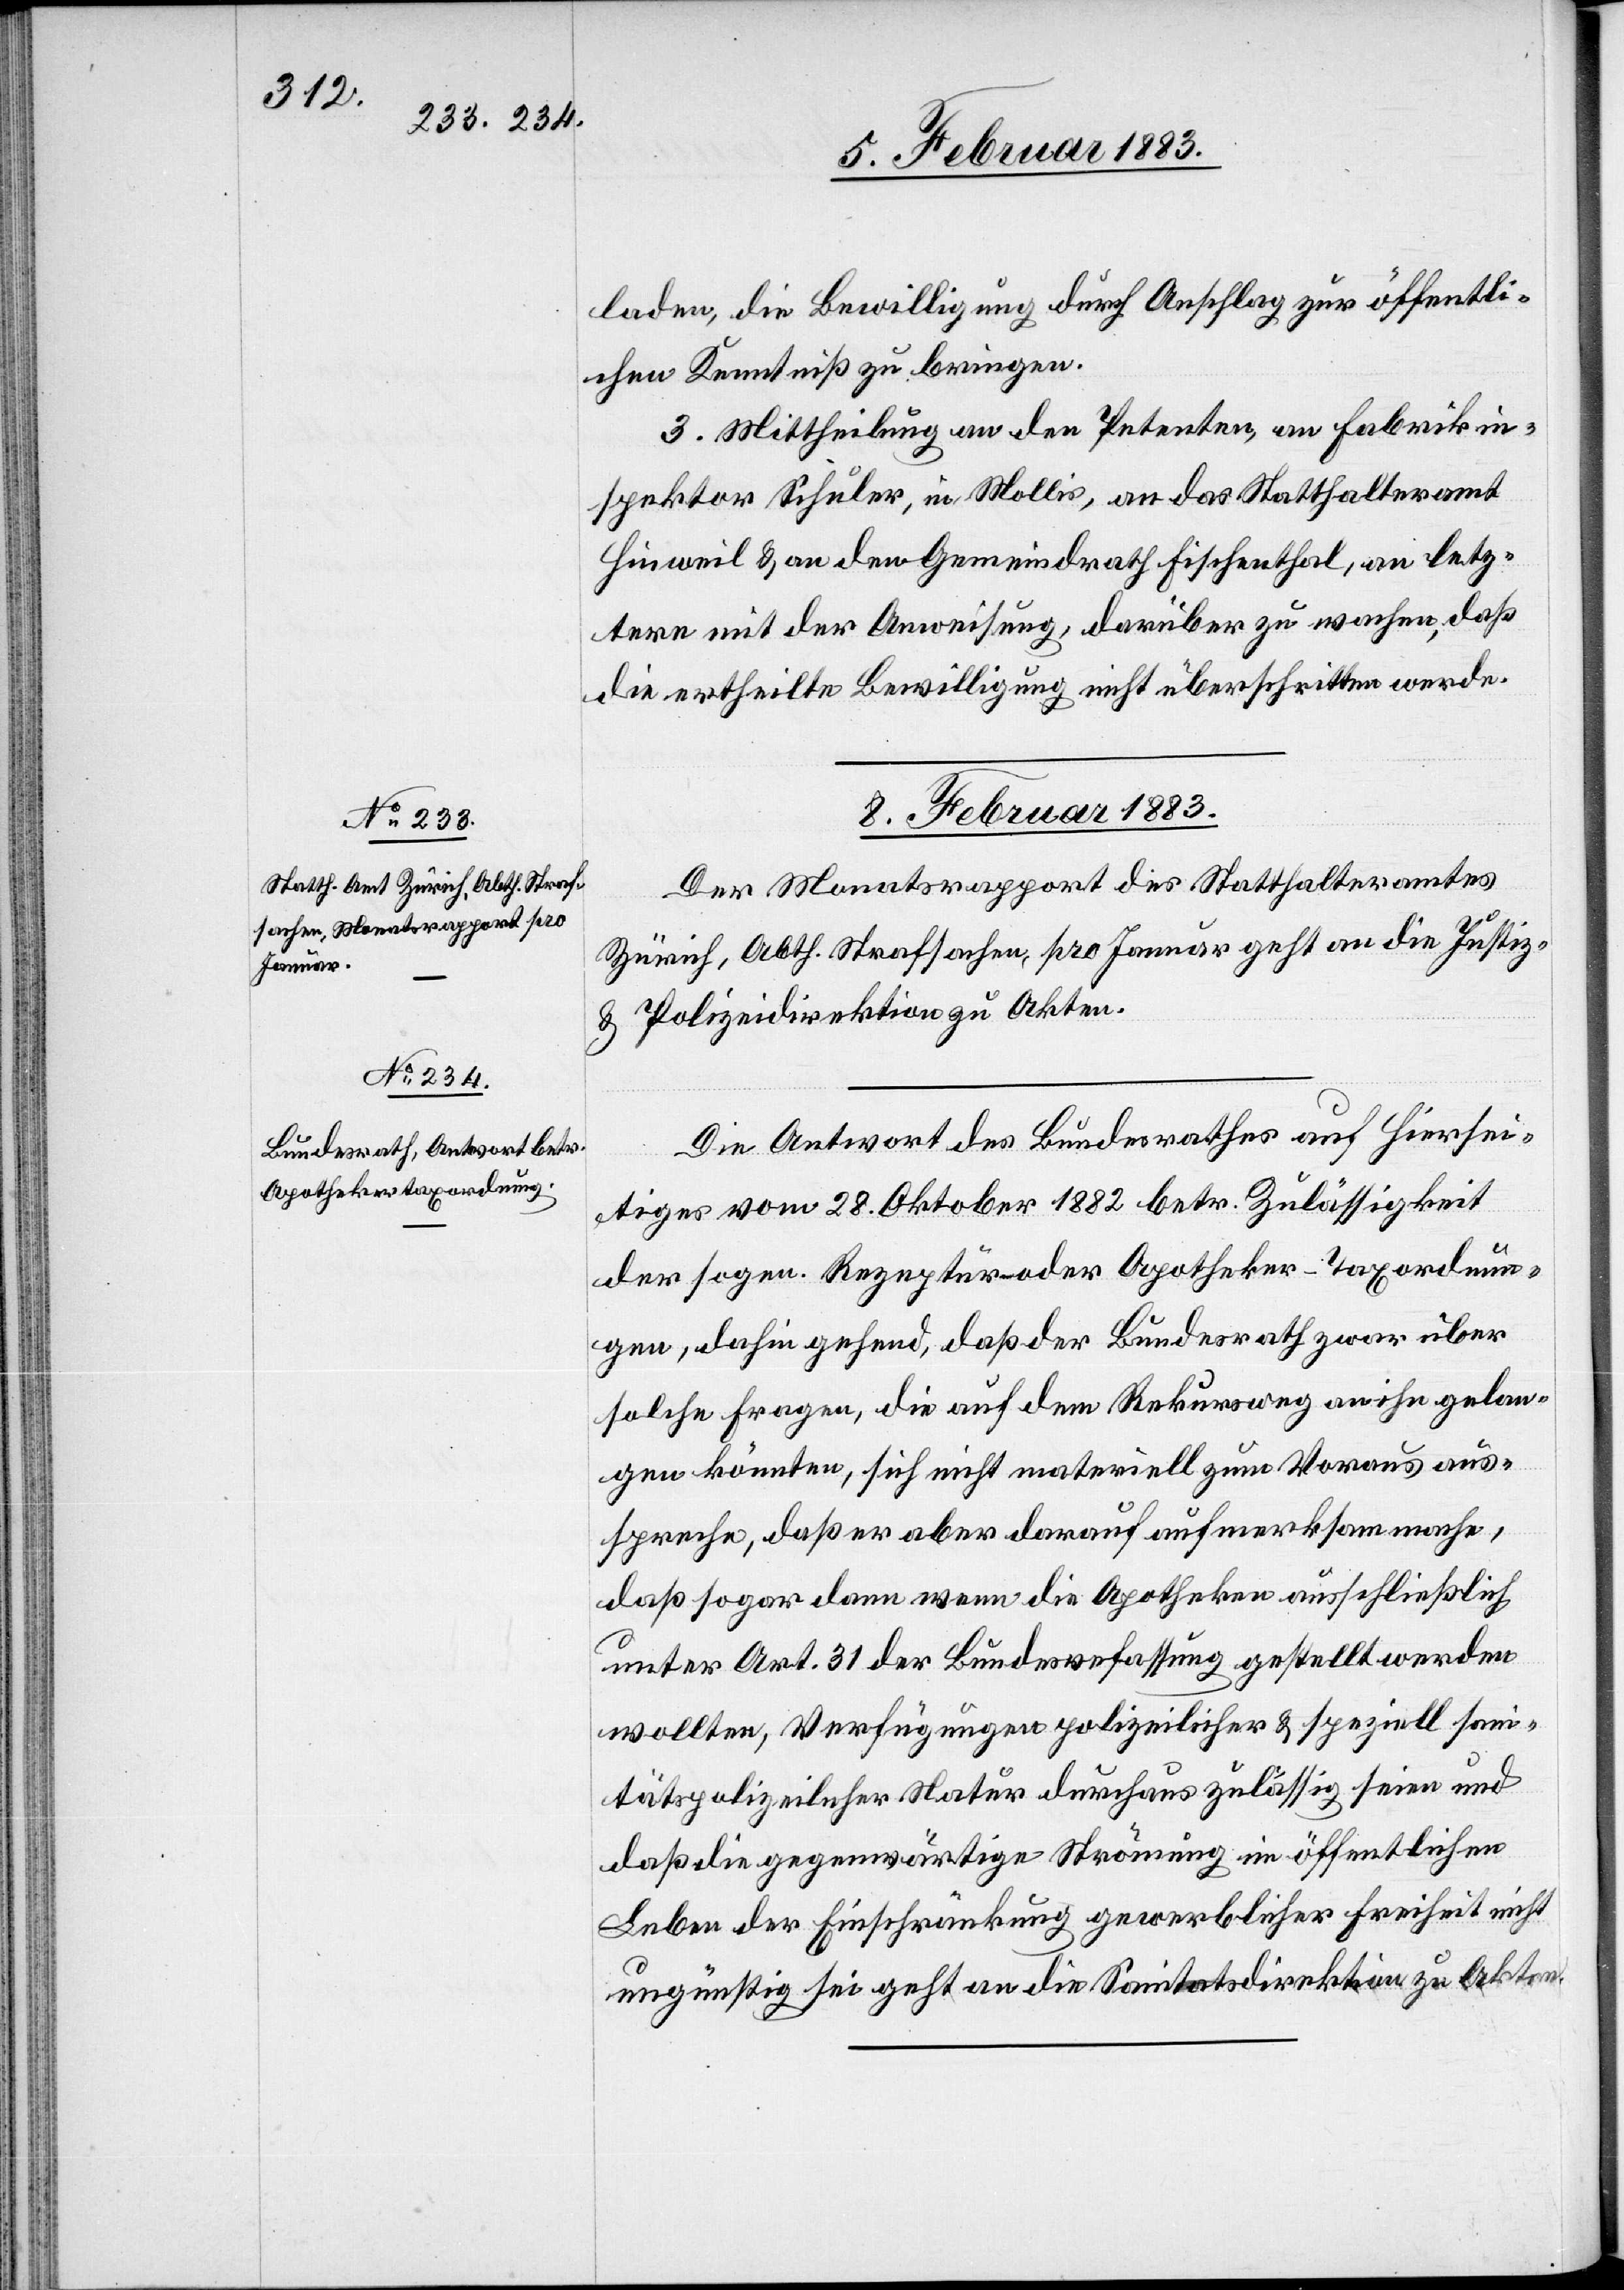
laden, die Bewilligung durch Anschlag zur öffentli¬
chen Kenntniß zu bringen.
3. Mittheilung an den Petenten, an Fabrikin¬
spektor Schuler, in Mollis, an das Statthalteramt
Hinweil & an den Gemeindrath Fischenthal, an letz¬
tere mit der Anweisung, darüber zu wachen, daß
die ertheilte Bewilligung nicht überschritten werde.
8. Februar 1883.]
Der Monatsrapport des Statthalteramtes
Zürich, Abth. Strafsachen, pro Januar geht an die Justiz-
& Polizeidirektion zu Akten.
Die Antwort des Bundesrathes auf Hiersei¬
tiges vom 28. Oktober 1882 betr. Zulässigkeit
der sogen. Rezeptur- oder Apotheker-Taxordnun¬
gen, dahin gehend, daß der Bundesrath zwar über
solche Fragen, die auf dem Rekursweg an ihn gelan¬
gen könnten, sich nicht materiell zum Voraus aus¬
spreche, daß er aber darauf aufmerksam mache,
daß sogar dann wenn die Apotheken ausschließlich
unter Art. 31 der Bundesverfassung gestellt werden
wollten, Verfügungen polizeilicher & speziell san¬
itätspolizeilicher Natur durchaus zulässig seien und
daß die gegenwärtige Strömung im öffentlichen
Leben der Einschränkung gewerblicher Freiheit nicht
ungünstig sei geht an die Sanitätsdirektion zu Akten.